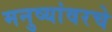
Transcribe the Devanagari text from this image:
मनुष्यांवरचे